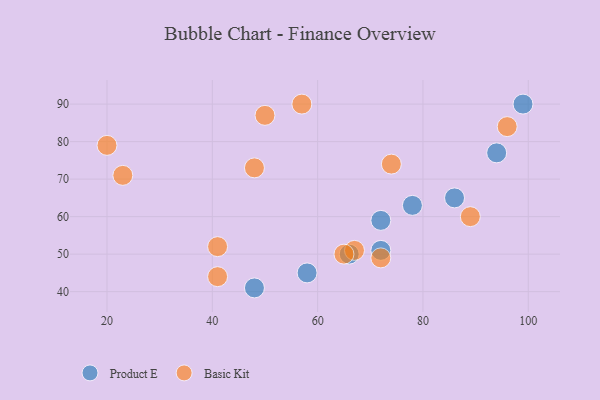
{"axis": {"x": "GDP", "y": "Life Expectancy"}, "legend": ["Basic Kit", "Product E"], "data": [{"x": "78", "y": 63, "type": "Product E"}, {"x": "58", "y": 45, "type": "Product E"}, {"x": "99", "y": 90, "type": "Product E"}, {"x": "72", "y": 59, "type": "Product E"}, {"x": "94", "y": 77, "type": "Product E"}, {"x": "72", "y": 51, "type": "Product E"}, {"x": "66", "y": 50, "type": "Product E"}, {"x": "48", "y": 41, "type": "Product E"}, {"x": "86", "y": 65, "type": "Product E"}, {"x": "74", "y": 74, "type": "Basic Kit"}, {"x": "57", "y": 90, "type": "Basic Kit"}, {"x": "48", "y": 73, "type": "Basic Kit"}, {"x": "20", "y": 79, "type": "Basic Kit"}, {"x": "23", "y": 71, "type": "Basic Kit"}, {"x": "67", "y": 51, "type": "Basic Kit"}, {"x": "89", "y": 60, "type": "Basic Kit"}, {"x": "65", "y": 50, "type": "Basic Kit"}, {"x": "41", "y": 44, "type": "Basic Kit"}, {"x": "72", "y": 49, "type": "Basic Kit"}, {"x": "96", "y": 84, "type": "Basic Kit"}, {"x": "41", "y": 52, "type": "Basic Kit"}, {"x": "50", "y": 87, "type": "Basic Kit"}]}